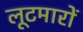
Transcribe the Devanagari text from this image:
लूटमारों